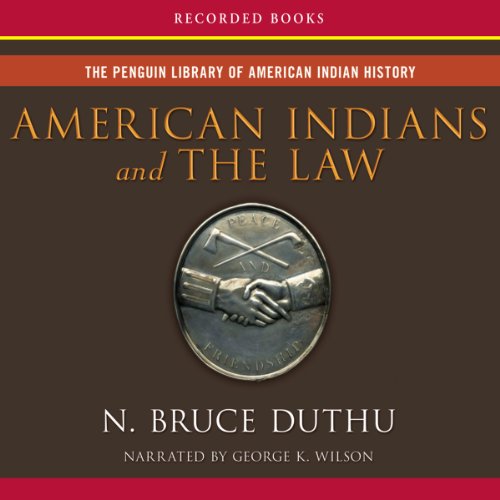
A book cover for American Indians and the Law; Bruce Duthu; Law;